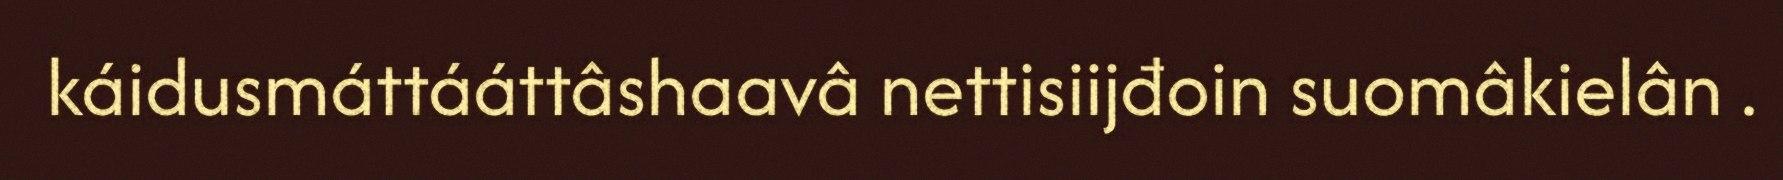
káidusmáttááttâshaavâ nettisiijđoin suomâkielân .